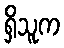
ရှိသူက